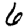
Digit: 6